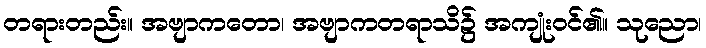
တရားတည်း။ အဗျာကတော၊ အဗျာကတရာသိ၌ အကျုံးဝင်၏။ သုညော၊